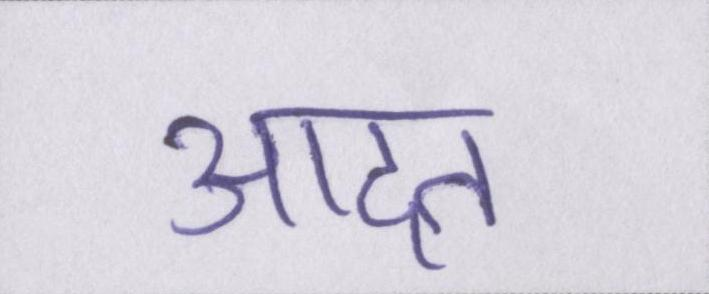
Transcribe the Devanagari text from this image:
आदत